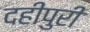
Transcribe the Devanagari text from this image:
दहीपुरी